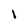
Character: 1